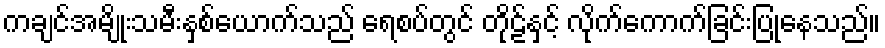
ကချင်အမျိုးသမီးနှစ်ယောက်သည် ရေစပ်တွင် တိုဠ်နှင့် လိုက်ကောက်ခြင်းပြုနေသည်။